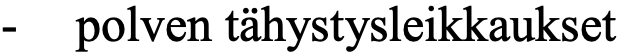
-  polven tähystysleikkaukset